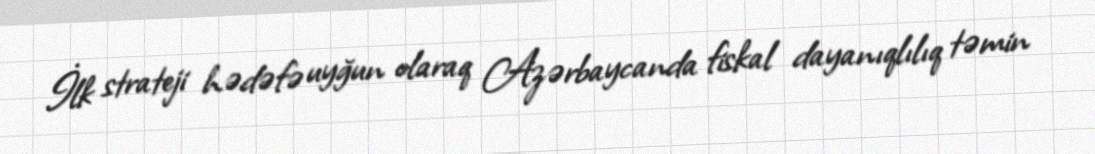
İlk strateji hədəfə uyğun olaraq Azərbaycanda fiskal dayanıqlılıq təmin